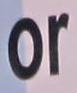
or